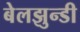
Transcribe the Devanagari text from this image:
बेलझुन्डी